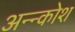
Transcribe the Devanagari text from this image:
अन्‍न्कोश